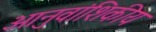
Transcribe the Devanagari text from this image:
आनुवांशिकीय